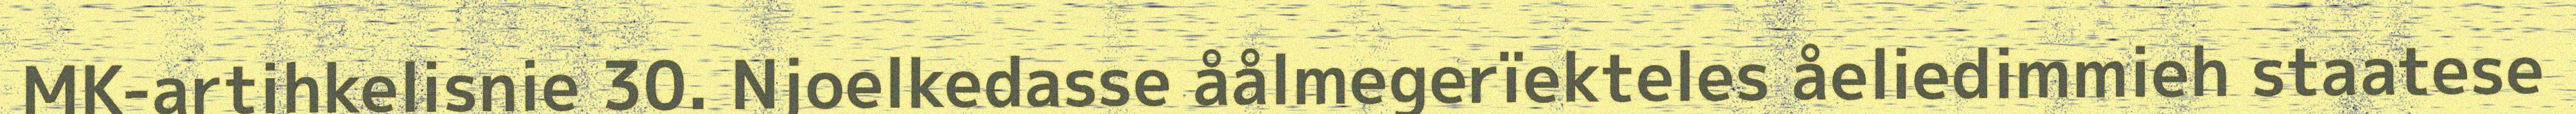
MK-artihkelisnie 30. Njoelkedasse åålmegerïekteles åeliedimmieh staatese